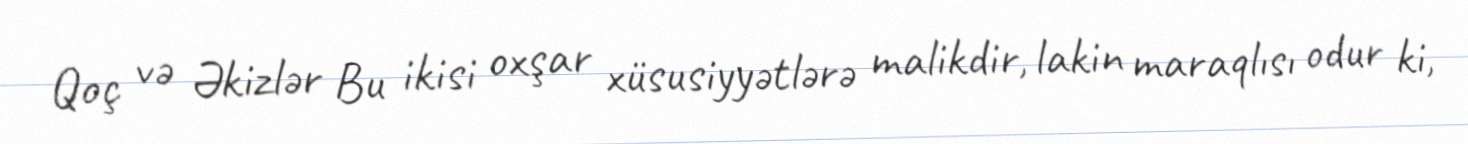
Qoç və Əkizlər Bu ikisi oxşar xüsusiyyətlərə malikdir, lakin maraqlısı odur ki,